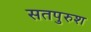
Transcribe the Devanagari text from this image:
सतपुरुश